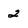
Character: 2